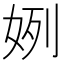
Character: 𫰞